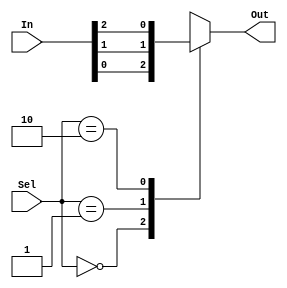
// 3-1 multiplexor
// precondition: select signal != 3
module Mux_3_1(In, Sel, Out);
  input [2:0] In;
  input [1:0] Sel;
  output reg Out;

  always @(In, Sel) begin
    case(Sel)
      0: Out = In[0];
      1: Out = In[1];
      2: Out = In[2];
      default: Out = 1'bX;
    endcase
  end
endmodule